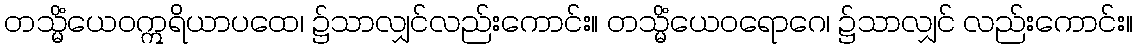
တသ္မိံယေဝဣရိယာပထေ၊ ၌သာလျှင်လည်းကောင်း။ တသ္မိံယေဝရောဂေ၊ ၌သာလျှင် လည်းကောင်း။